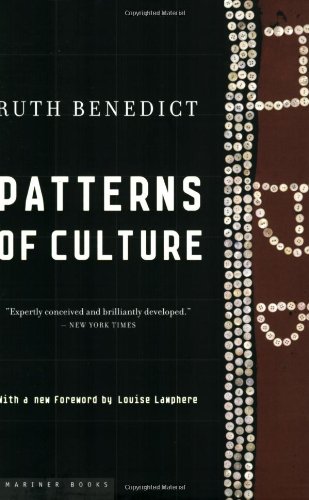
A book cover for Patterns of Culture; Ruth Benedict; Politics & Social Sciences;